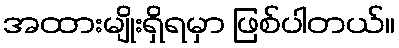
အထားမျိုးရှိရမှာ ဖြစ်ပါတယ်။